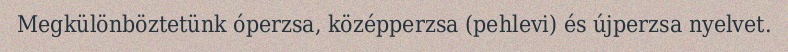
Megkülönböztetünk óperzsa, középperzsa (pehlevi) és újperzsa nyelvet.